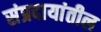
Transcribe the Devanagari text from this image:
संप्रदायांतील